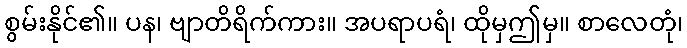
စွမ်းနိုင်၏။ ပန၊ ဗျာတိရိက်ကား။ အပရာပရံ၊ ထိုမှဤမှ။ စာလေတုံ၊